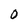
Character: O